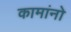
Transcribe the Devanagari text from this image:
कामांनो